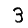
Digit: 3